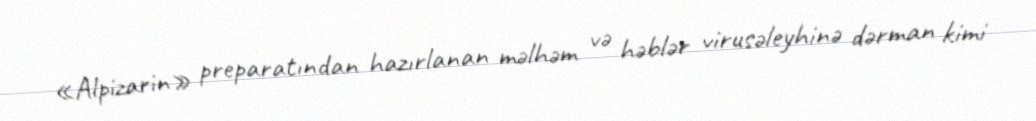
«Alpizarin» preparatından hazırlanan məlhəm və həblər virusəleyhinə dərman kimi